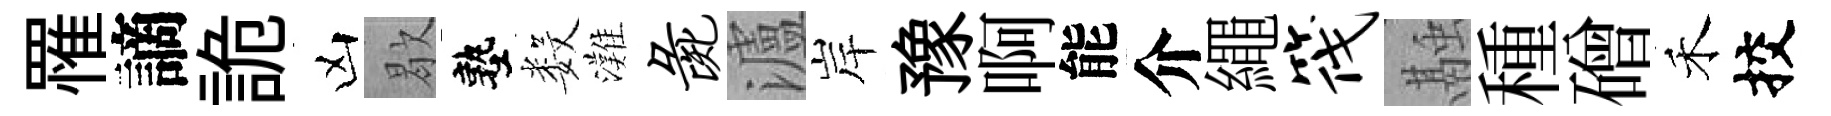
罹謫詭凶歇塾数灘彘瀘岸豫啊能介繩筏融種磳禾挍